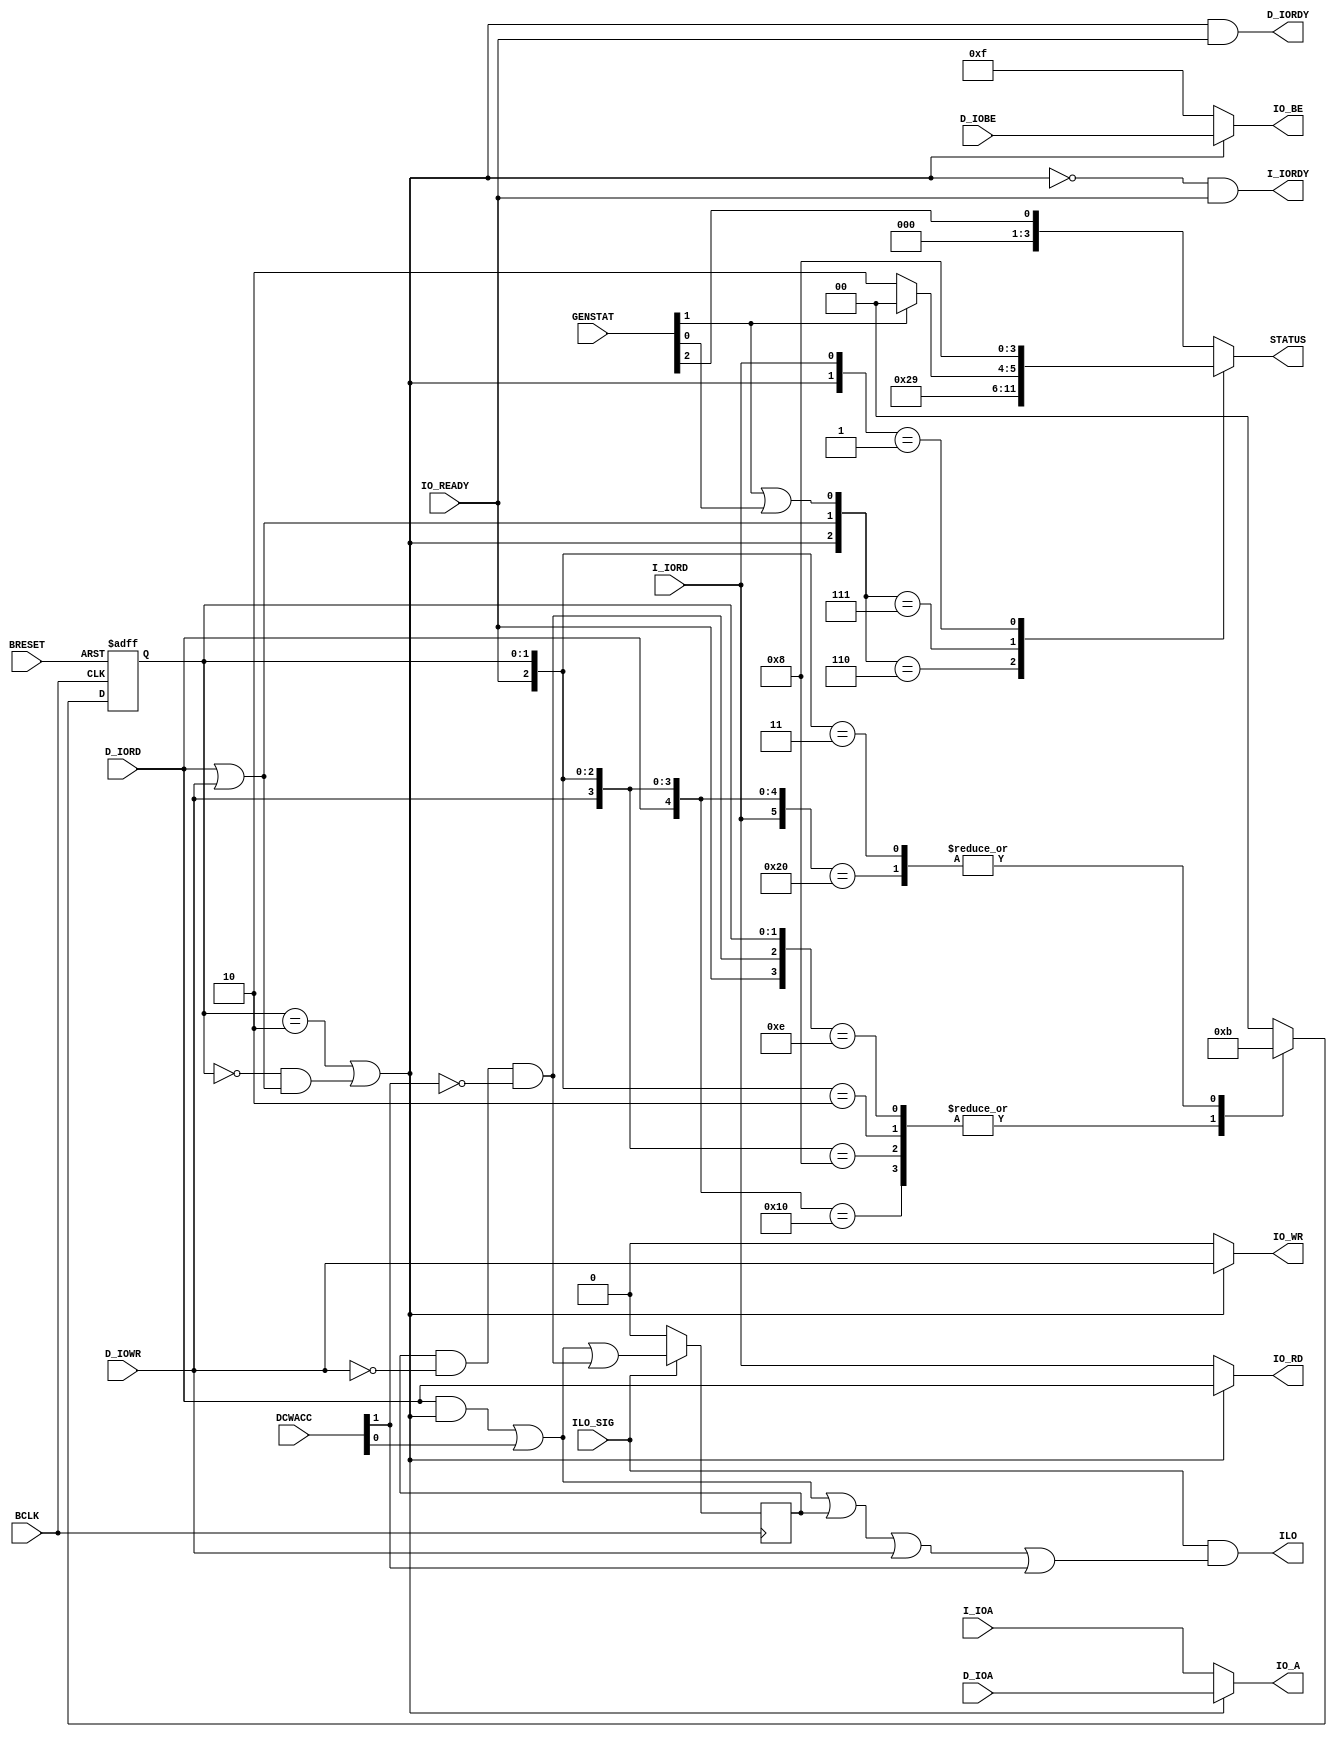
module IO_SWITCH ( BCLK, BRESET, I_IOA, D_IOA, I_IORD, D_IORD, D_IOWR, IO_READY, GENSTAT, D_IOBE, ILO_SIG, DCWACC,
				   IO_A, IO_RD, IO_WR, IO_BE, I_IORDY, D_IORDY, STATUS, ILO );
	input			BCLK,BRESET;
	input	[31:0]	I_IOA,D_IOA;
	input			I_IORD;
	input			D_IORD,D_IOWR;
	input	 [3:0]	D_IOBE;
	input			IO_READY;
	input	 [2:0]	GENSTAT;
	input			ILO_SIG;
	input	 [1:0]	DCWACC;
	output	[31:0]	IO_A;
	output			IO_RD,IO_WR;
	output	 [3:0]	IO_BE;
	output			I_IORDY;
	output			D_IORDY;
	output	 [3:0]	STATUS;
	output			ILO;
	reg		 [3:0]	STATUS;
	reg		 [1:0]	select;
	reg				ilo_flag;
	wire			daten;
	wire			sel_dp;
	wire			interrupt;
	wire			ilo_keep;
	assign daten = D_IORD | D_IOWR;
	always @(posedge BCLK or negedge BRESET)
		if (!BRESET) select <= 2'b0;
		  else
			casex ({I_IORD,D_IORD,D_IOWR,IO_READY,ilo_keep,select})
			  7'b000xx_00 : select <= 2'b00;
			  7'b1000x_00 : select <= 2'b11;
			  7'bx100x_00 : select <= 2'b10;
			  7'bxx10x_00 : select <= 2'b10;
			  7'b1001x_00 : select <= 2'b00;
			  7'bx101x_00 : select <= 2'b00;
			  7'bxx11x_00 : select <= 2'b00;
			  7'bxxx0x_10 : select <= 2'b10;
			  7'bxxx11_10 : select <= 2'b10;	
			  7'bxxx10_10 : select <= 2'b00;
			  7'bxxx0x_11 : select <= 2'b11;	
			  7'bxxx1x_11 : select <= 2'b00;
			  default	  : select <= 2'b00;
			endcase
	assign sel_dp = (select == 2'b10) | ((select == 2'b00) & daten);
	assign IO_RD   =  sel_dp ? D_IORD : I_IORD;
	assign IO_WR   =  sel_dp ? D_IOWR : 1'b0;
	assign IO_A    =  sel_dp ? D_IOA  : I_IOA;
	assign IO_BE   =  sel_dp ? D_IOBE : 4'b1111;	
	assign D_IORDY =  sel_dp & IO_READY;
	assign I_IORDY = ~sel_dp & IO_READY;
	assign interrupt = GENSTAT[1] | GENSTAT[0];
	always @(*)
		casex ({sel_dp,daten,interrupt,I_IORD})
		  4'b110x : STATUS = 4'hA;						
		  4'b111x : STATUS = GENSTAT[1] ? 4'h4 : 4'h6;	
		  4'b0xx1 : STATUS = 4'h8;						
		  default : STATUS = {3'd0,GENSTAT[2]};			
		endcase
	always @(posedge BCLK)
		if (!ILO_SIG) ilo_flag <= 1'b0; 
		  else ilo_flag <= (D_IORD & sel_dp) | DCWACC[0] | ilo_keep;
	assign ilo_keep = ilo_flag & ~D_IOWR & ~DCWACC[1];
	assign ILO = ILO_SIG & ((D_IORD & sel_dp) | DCWACC[0] | ilo_flag | D_IOWR | DCWACC[1]);
endmodule